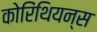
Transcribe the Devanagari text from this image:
कोरिंथियन्स